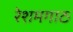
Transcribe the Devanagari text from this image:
रेशमगाठ